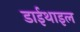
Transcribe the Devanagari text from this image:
डाईथाइल